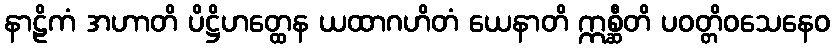
နာဠိကံ အဟာတိ ပိဋ္ဌိဟတ္ထေန ယထာဂဟိတံ ယေနာတိ ဣစ္ဆီတိ ပဝတ္တိဝသေနေဝ